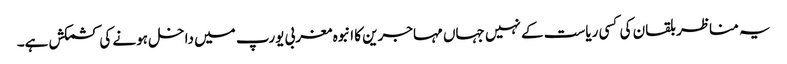
یہ مناظر بلقان کی کسی ریاست کے نہیں جہاں مہاجرین کا انبوہ مغربی یورپ میں داخل ہونے کی کشمکش ہے۔